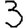
Digit: 3